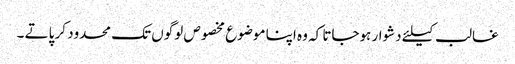
غالب کیلئے دشوار ہوجاتا کہ وہ اپنا موضوع مخصوص لوگوں تک محدود کر پاتے ۔